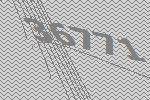
36771